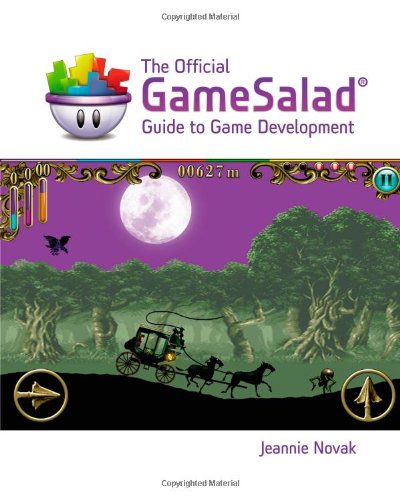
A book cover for The Official GameSalad Guide to Game Development (Explore Our New Media Arts & Design 1st Eds.); GameSalad; Computers & Technology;